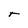
Character: T